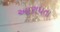
આરાધતા